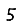
Digit: 5